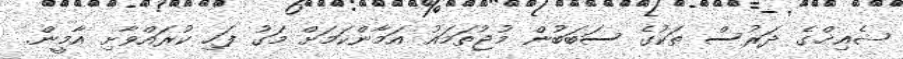
ޝެއިޚްގެ ދަރުސް ތަކުގެ ސަބަބުން މުޖުތަމައު އަމާންކަމަށް މަގު ފަހި ކުރައްވާށި އާމީން.